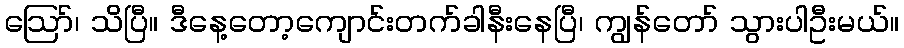
ဪ၊ သိပြီ။ ဒီနေ့တော့ကျောင်းတက်ခါနီးနေပြီ၊ ကျွန်တော် သွားပါဦးမယ်။